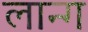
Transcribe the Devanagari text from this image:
लान्ग